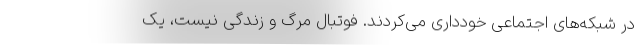
در شبکه‌های اجتماعی خودداری می‌کردند. فوتبال مرگ و زندگی نیست، یک